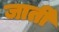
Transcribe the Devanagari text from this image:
जार्ती